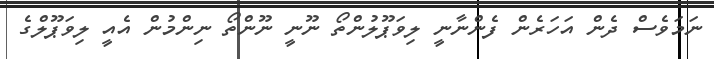
ނަމަވެސް ދެން އަހަރެން ފެންނާނީ ލިވަޕޫލުންތޯ ނޫނީ ނޫންތޯ ނިންމުން އެއީ ލިވަޕޫލްގެ